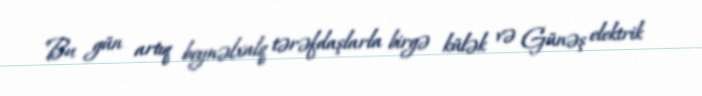
Bu gün artıq beynəlxalq tərəfdaşlarla birgə külək və Günəş elektrik